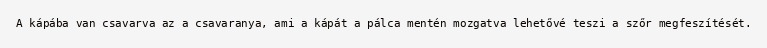
A kápába van csavarva az a csavaranya, ami a kápát a pálca mentén mozgatva lehetővé teszi a szőr megfeszítését.